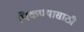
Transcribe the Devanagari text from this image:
पिकण्यासाठी